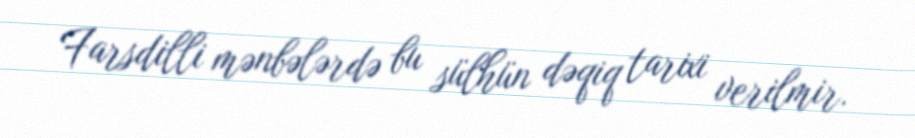
Farsdilli mənbələrdə bu sülhün dəqiq tarixi verilmir.